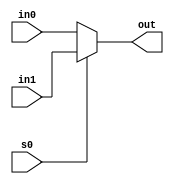

module Mux_2x1 #(parameter W=8) (in0, in1, s0, out);

	input s0;
	//decide lengths of the input and output depending on parameter W 
	input [W-1:0] in0, in1;		
	output reg [W-1:0] out;
	
	//conditional assignment -> s0 selects an input
	always @ (*)
	begin
		if(s0 == 1) begin
			out = in1;
		end else begin
			out = in0;
		end
	end
	//assign out = s0 ? in1 : in0;

endmodule